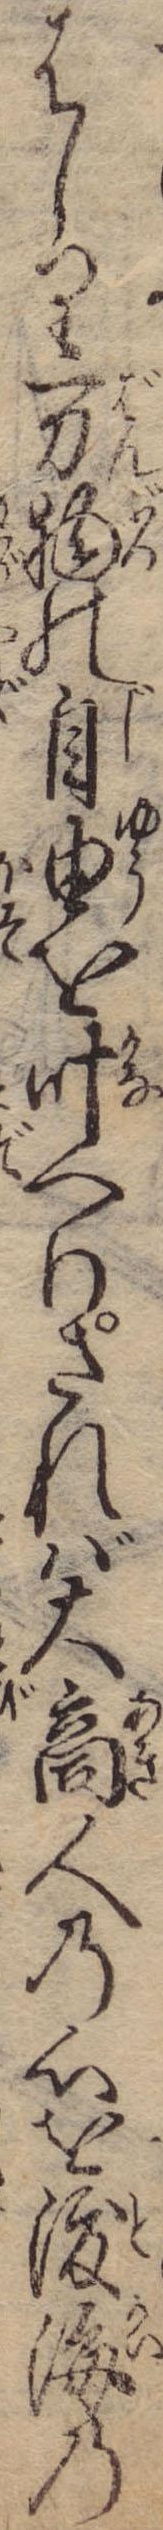
はしり万物の自由を叶へりされば大商人の心を渡海の